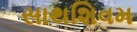
સાથશિવમ